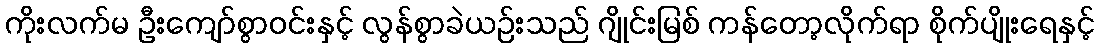
ကိုးလက်မ ဦးကျော်စွာဝင်းနှင့် လွန်စွာခဲယဉ်းသည် ဂျိုင်းမြစ် ကန်တော့လိုက်ရာ စိုက်ပျိုးရေနှင့်